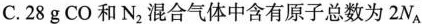
C.28g CO和N_{2}混合气体中含有原子总数为2N_{A}